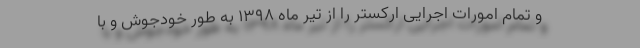
و تمام امورات اجرایی ارکستر را از تیر ماه 1398 به طور خودجوش و با